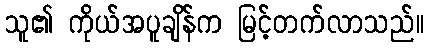
သူ၏ ကိုယ်အပူချိန်က မြင့်တက်လာသည်။